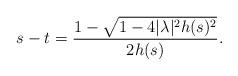
LaTeX: \begin{align*} s-t=\frac{1-\sqrt{1-4|\lambda|^2h(s)^2}}{2h(s)}. \end{align*}